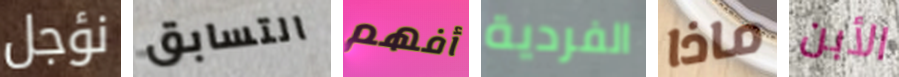
نؤجل التسابق أفهم الفردية ماذا الأبن